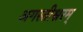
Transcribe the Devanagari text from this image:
अगस्तीश्वरम्